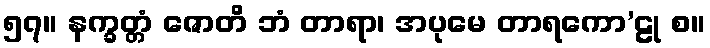
၅၇။ နက္ခတ္တံ ဇောတိ ဘံ တာရာ၊ အပုမေ တာရကော’ဠု စ။